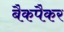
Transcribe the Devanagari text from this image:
बैकपैकर